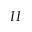
I I